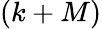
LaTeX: (k+M)